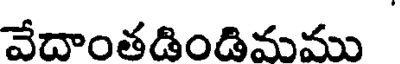
వేదాంతడిండిమము